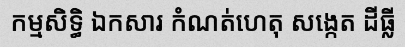
កម្មសិទ្ធិ ឯកសារ កំណត់ហេតុ សង្កេត ដីធ្លី